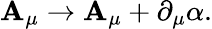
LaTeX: \mathbf{A}_{\mu}\rightarrow\mathbf{A}_{\mu}+\partial_{\mu}\alpha.